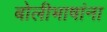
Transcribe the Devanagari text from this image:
बोलीभाषांना